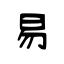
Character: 易